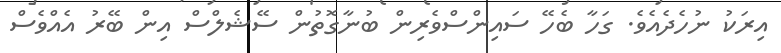
އިރަކު ނުހެދެއެވެ. ގަހާ ބެހޭ ސައިންސްވެރިން ބުނާގޮތުން ސޭޝެލްސް އިން ބޭރު އެއްވެސް